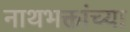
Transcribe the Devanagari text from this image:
नाथभक्तांच्या